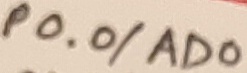
Text: P0.0/AD0